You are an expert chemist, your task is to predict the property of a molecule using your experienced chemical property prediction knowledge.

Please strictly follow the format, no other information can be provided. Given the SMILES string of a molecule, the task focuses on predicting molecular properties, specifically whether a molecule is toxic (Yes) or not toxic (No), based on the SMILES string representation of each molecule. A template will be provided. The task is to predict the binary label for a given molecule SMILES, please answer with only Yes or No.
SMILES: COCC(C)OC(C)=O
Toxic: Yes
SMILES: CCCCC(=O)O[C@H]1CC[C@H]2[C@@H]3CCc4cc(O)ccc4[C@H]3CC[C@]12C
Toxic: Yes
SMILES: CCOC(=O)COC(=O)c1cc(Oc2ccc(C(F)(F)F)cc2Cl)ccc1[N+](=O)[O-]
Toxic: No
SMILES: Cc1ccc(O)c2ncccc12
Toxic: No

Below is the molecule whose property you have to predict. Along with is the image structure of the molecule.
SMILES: CC(=O)OCC(=O)[C@@]12OC3(CCCC3)O[C@@H]1C[C@H]1[C@@H]3CCC4=CC(=O)C=C[C@]4(C)[C@@]3(F)[C@@H](O)C[C@@]12C
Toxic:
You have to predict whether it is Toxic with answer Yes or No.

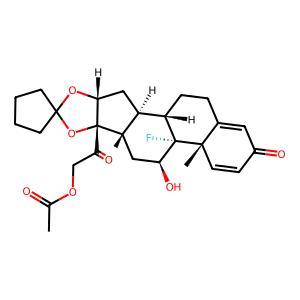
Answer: Yes